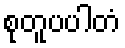
စုတူပပါတံ